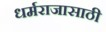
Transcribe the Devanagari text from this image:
धर्मराजासाठी